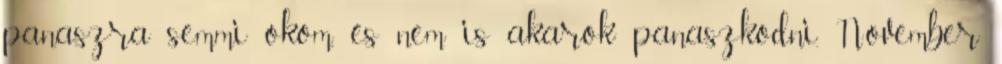
panaszra semmi okom, és nem is akarok panaszkodni. November